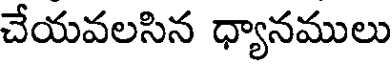
చేయవలసిన ధ్యానములు